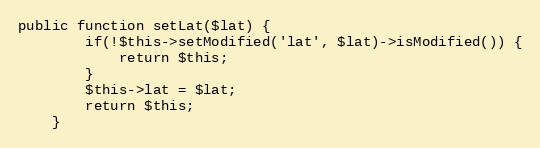
Language: PHP
public function setLat($lat) {
        if(!$this->setModified('lat', $lat)->isModified()) {
            return $this;
        }
		$this->lat = $lat;
		return $this;
    }